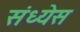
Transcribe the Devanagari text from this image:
संध्येस